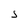
Character: S